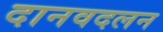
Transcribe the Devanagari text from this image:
दानवदलन